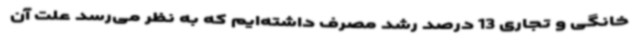
خانگی و تجاری 13 درصد رشد مصرف داشته‌ایم که به نظر می‌رسد علت آن